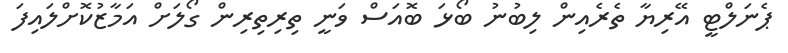
ޕެނަލްޓީ އޭރިޔާ ތެރެއިން ލިބުނު ބޯޅަ ބޮއަސް ވަނީ ތިރިތިރިން ގޯލަށް އަމާޒުކޮށްލައިފަ